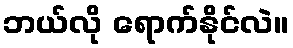
ဘယ်လို ရောက်နိုင်လဲ။